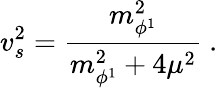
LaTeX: v_{s}^{2}={\frac{m_{\phi^{1}}^{2}}{m_{\phi^{1}}^{2}+4\mu^{2}}}\ .